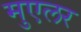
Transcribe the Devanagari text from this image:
मुएलर